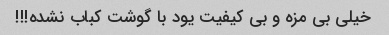
خیلی بی مزه و بی کیفیت یود با گوشت کباب نشده!!!